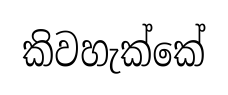
කිවහැක්කේ